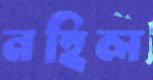
নহিল